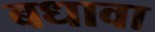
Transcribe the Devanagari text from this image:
बधावा